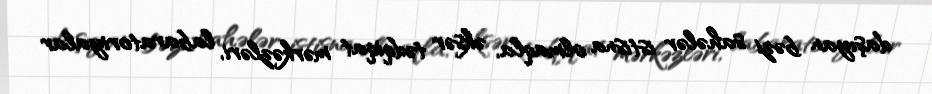
daşıyan bəzi sahələr istisna olmaqla, əksər tədqiqat mərkəzləri, labaratoriyalar